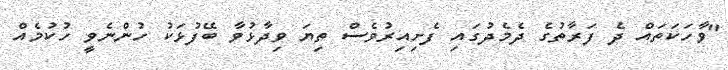
"ވާހަކަތައް ދެ ފަރާތުގެ ދެމެދުގައި ފެށިިއިރުވެސް ތިޔަ ވިދާޅުވާ ބޭފުޅަކު ހުންނެވީ ހުކުމެއް